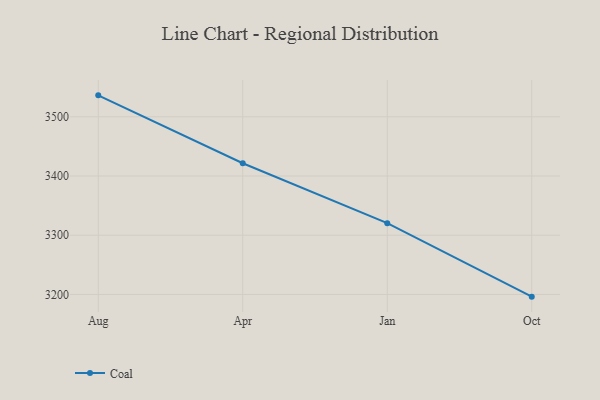
{"axis": {"x": "Month", "y": "Shipments"}, "legend": ["Coal"], "data": [{"x": "Aug", "y": 3536.1, "type": "Coal"}, {"x": "Apr", "y": 3421.5, "type": "Coal"}, {"x": "Jan", "y": 3320.4, "type": "Coal"}, {"x": "Oct", "y": 3196.3, "type": "Coal"}]}